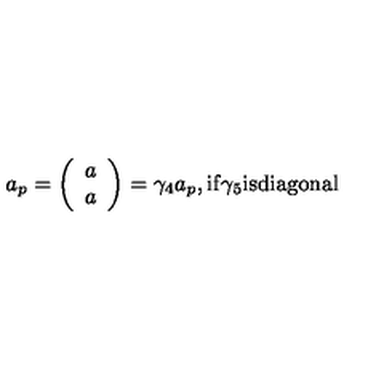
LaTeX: a _ { p } = \left( \begin{array} { c } { a } \\ { a } \\ \end{array} \right) = \gamma _ { 4 } a _ { p } , \mathrm { i f } \gamma _ { 5 } \mathrm { i s d i a g o n a l } \nonumber